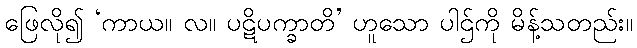
ဖြေလို၍ ‘ကာယ။ လ။ ပဋိပက္ခာတိ’ ဟူသော ပါဌ်ကို မိန့်သတည်း။